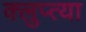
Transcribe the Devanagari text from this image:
क्लुप्त्या